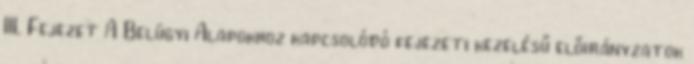
III. Fejezet A Belügyi Alapokhoz kapcsolódó fejezeti kezelésű előirányzatok